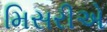
મિસરીએ